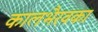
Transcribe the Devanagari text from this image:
कालभैरवका